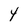
Character: 4